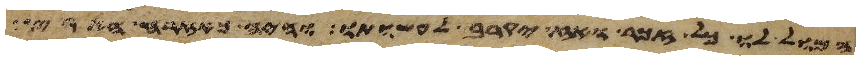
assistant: המול לו כל זכר ואז יקרב לעשותו והיה כאזרח הארץ